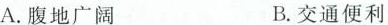
A.腹地广阔 B.交通便利